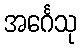
အင်္ဂေသု